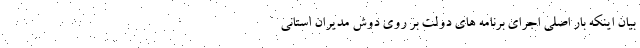
بیان اینکه بار اصلی اجرای برنامه های دولت بر روی دوش مدیران استانی